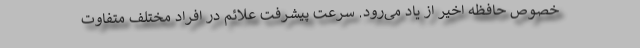
خصوص حافظه اخیر از یاد می‌رود. سرعت پیشرفت علائم در افراد مختلف متفاوت